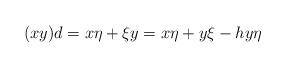
LaTeX: \begin{align*}( xy ) d = x \eta + \xi y = x\eta + y \xi - h y \eta\end{align*}